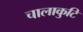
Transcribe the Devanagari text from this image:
चालाकुटि